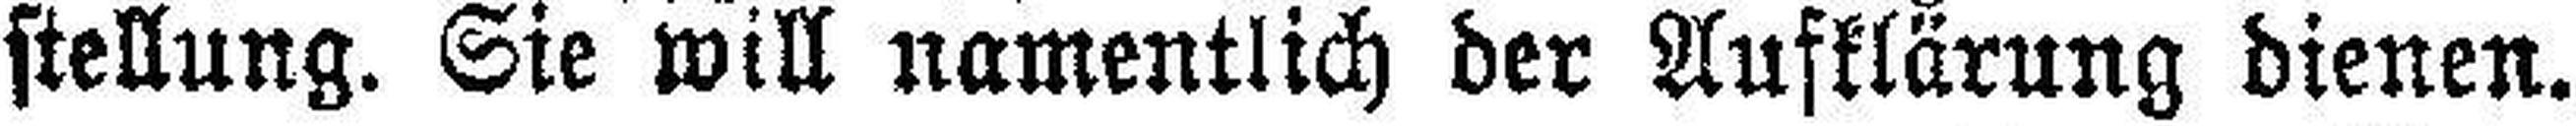
stellung. Sie will namentlich der Aufklärung dienen.